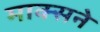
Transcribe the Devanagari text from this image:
माक्सने